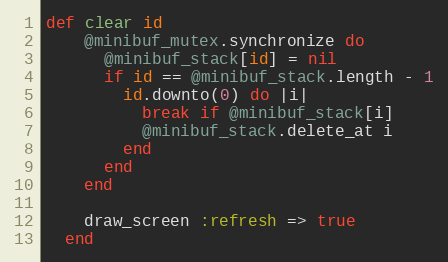
Language: Ruby
def clear id
    @minibuf_mutex.synchronize do
      @minibuf_stack[id] = nil
      if id == @minibuf_stack.length - 1
        id.downto(0) do |i|
          break if @minibuf_stack[i]
          @minibuf_stack.delete_at i
        end
      end
    end

    draw_screen :refresh => true
  end